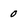
Character: 0